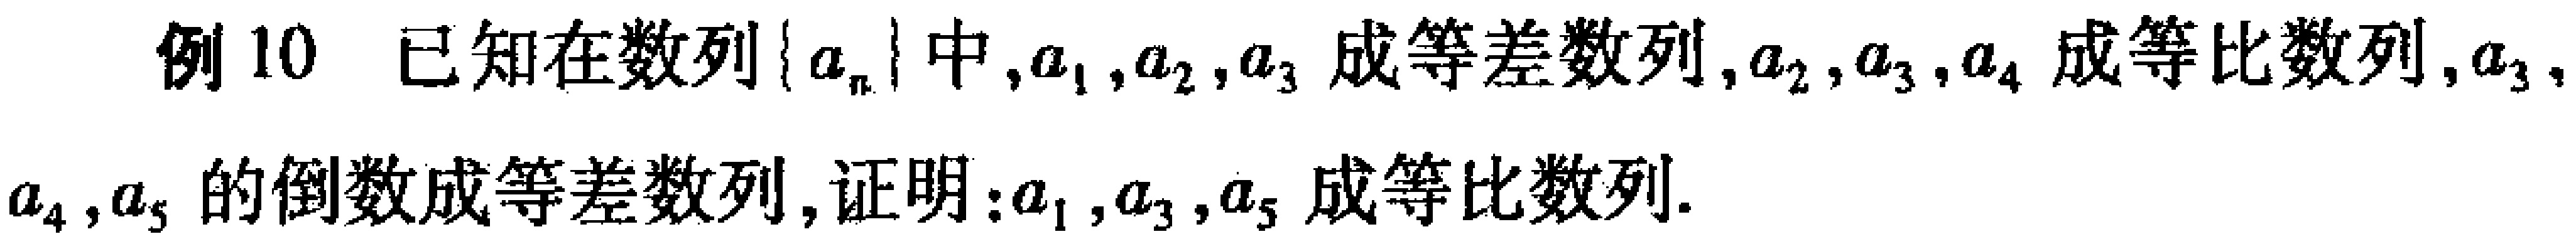
例10 已知在数列\(\{ a_{n}\}\)中，\(a_{1},a_{2},a_{3}\)成等差数列，\(a_{2},a_{3},a_{4}\)成等比数列，\(a_{3},a_{4},a_{5}\)的倒数成等差数列，证明：\(a_{1},a_{3},a_{5}\)成等比数列.